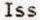
ISS